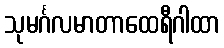
သုမင်္ဂလမာတာထေရီဂါထာ